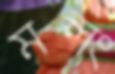
মলং